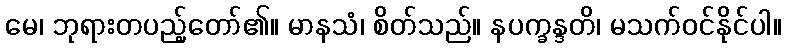
မေ၊ ဘုရားတပည့်တော်၏။ မာနသံ၊ စိတ်သည်။ နပက္ခန္ဒတိ၊ မသက်ဝင်နိုင်ပါ။